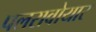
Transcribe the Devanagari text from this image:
पलरावोयार